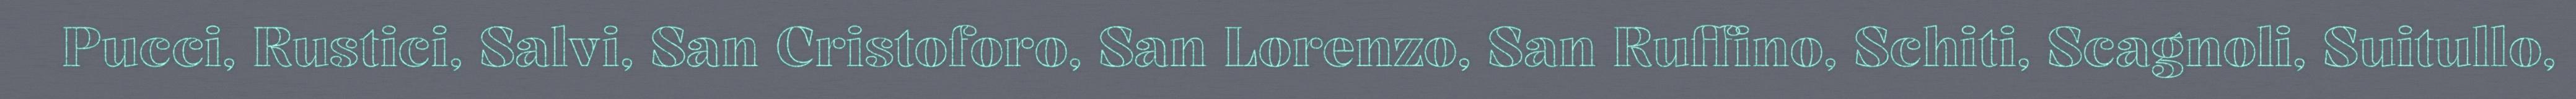
Pucci, Rustici, Salvi, San Cristoforo, San Lorenzo, San Ruffino, Schiti, Scagnoli, Suitullo,